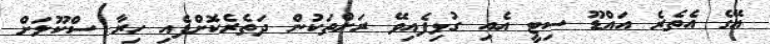
އޭގެ އެތެރެ އައްޑޫ ސިޓީ އެއި ގުޅިފެއިވޭ ރަށްތަކުން ދަތެރެކޮށްފެއި ހިރާ ސްކޫލަށް